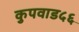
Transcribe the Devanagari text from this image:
कुपवाड५६